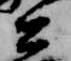
公